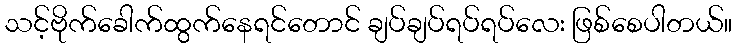
သင့်ဗိုက်ခေါက်ထွက်နေရင်တောင် ချပ်ချပ်ရပ်ရပ်လေး ဖြစ်စေပါတယ်။